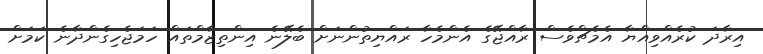
އިރާދަ ކުރެއްވިއްޔާ އެމެޗްވެސް ރާއްޖޭގެ އެންމެހާ ރައްޔިތުންނަށް ބެލޭނެ އިންތިޒާމްތައް ހަމަޖެހިގެންދާނެ ކަމަށް